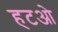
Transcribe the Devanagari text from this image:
हटओ